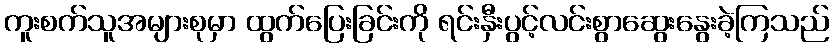
ကူးစက်သူအများစုမှာ ထွက်ပြေးခြင်းကို ရင်းနှီးပွင့်လင်းစွာဆွေးနွေးခဲ့ကြသည်